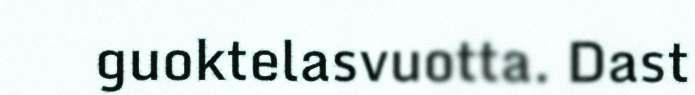
guoktelasvuotta. Dast